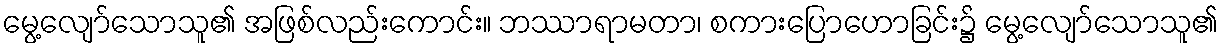
မွေ့လျော်သောသူ၏ အဖြစ်လည်းကောင်း။ ဘဿာရာမတာ၊ စကားပြောဟောခြင်း၌ မွေ့လျော်သောသူ၏